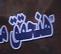
هذحقق